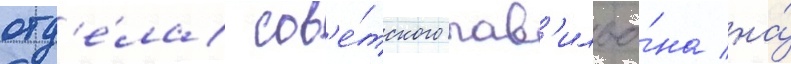
отд'е́ла сов'е́тского пав'ильо́на на́